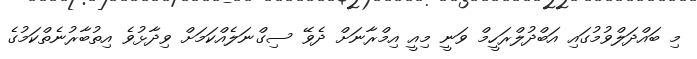
މި ބައްދަލްވުމުގައި އަބްދުލްރަހީމް ވަނީ މިއީ އިމްރާނަށް ދެވޭ ސިގްނަލެއްކަމަށް ވިދާޅުވެ އިތުބާރުނެތްކަަމުގެ